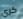
كري